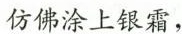
仿佛涂上银霜，